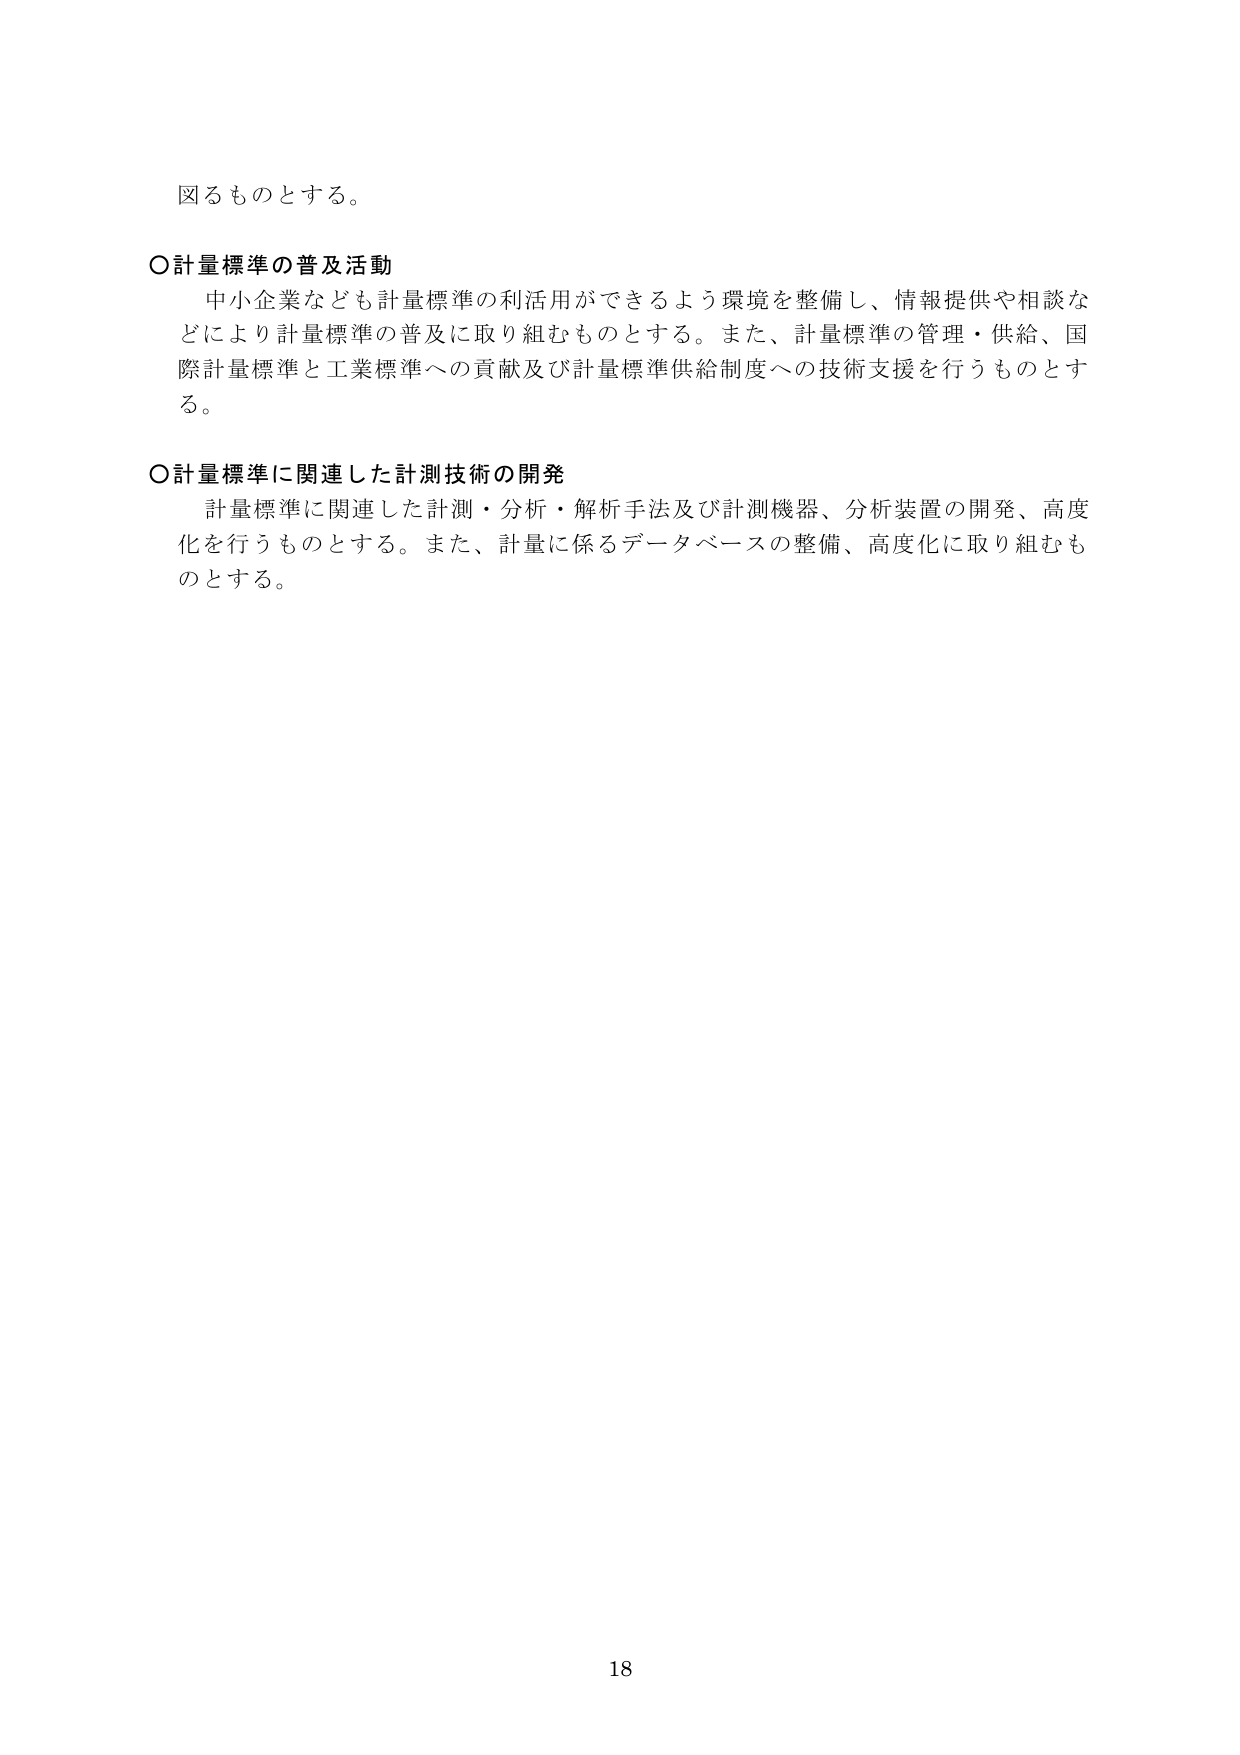
図るものとする。

○計量標準の普及活動
　中小企業なども計量標準の利活用ができるよう環境を整備し、情報提供や相談などにより計量標準の普及に取り組むものとする。また、計量標準の管理・供給、国際計量標準と工業標準への貢献及び計量標準供給制度への技術支援を行うものとする。

○計量標準に関連した計測技術の開発
　計量標準に関連した計測・分析・解析手法及び計測機器、分析装置の開発、高度化を行うものとする。また、計量に係るデータベースの整備、高度化に取り組むものとする。

18